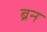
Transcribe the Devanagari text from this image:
ब्रन